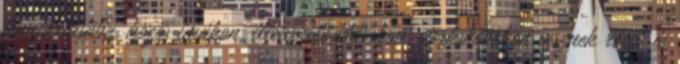
fenntartásába, közös imákon, illetve előadásokon, workshopokon vesznek részt, és